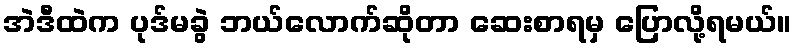
အဲဒီထဲက ပုဒ်မခွဲ ဘယ်လောက်ဆိုတာ ဆေးစာရမှ ပြောလို့ရမယ်။